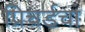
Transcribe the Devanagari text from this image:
प्रिचर्डचा